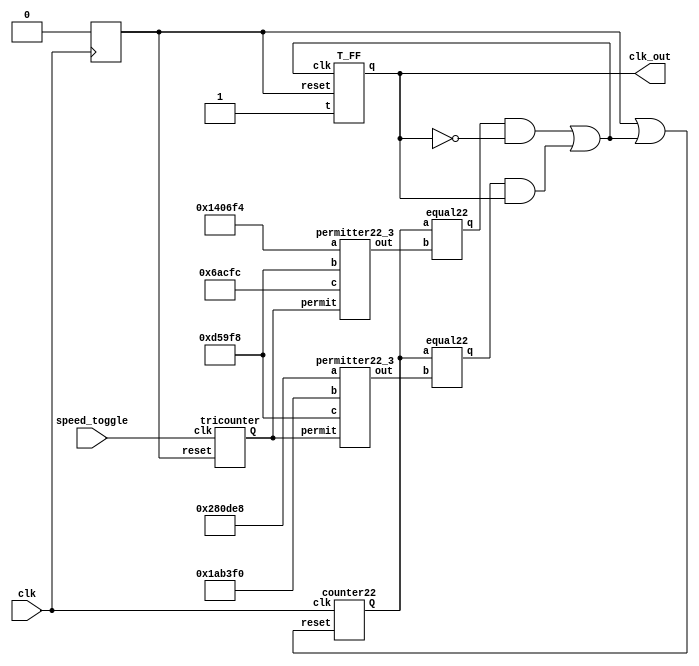
module speedSet(clk_out, speed_toggle, clk);
    input speed_toggle, clk;
    output clk_out;
    reg init;

    wire [21:0] count, durHigh, durLow;
    wire [2:0] mode;
    wire toggle, toggleLow, toggleHigh;
    wire ct21reset;
    tricounter tc3(mode, speed_toggle, init);
    permitter22_3 perm0(durLow, mode,  22'h1406f4, 22'h0d59f8, 22'h06acfc); // 1.3125 sec, 0.875 sec, 0.4375 sec
    permitter22_3 perm1(durHigh, mode, 22'h280de8, 22'h1ab3f0, 22'h0d59f8); // 2.625 sec,  1.75 sec,  0.875 sec
    equal22 eql0(toggleLow, count, durLow);
    equal22 eql1(toggleHigh, count, durHigh);

    assign toggle = (toggleLow & ~clk_out) | (toggleHigh & clk_out);
    assign ct21reset = init | toggle;
    counter22 ct22(count, clk, ct21reset);
    T_FF tff(clk_out, 1'b1, toggle, init);

    initial
        init <= 1'b1;
    always @ (negedge clk)
        init <= 1'b0;
endmodule

module counter22(Q, clk, reset); // maximum 4 seconds from 1MHz clock
    input clk, reset;
    output [21:0] Q;
    wire [21:0] T;

    T_FF tff0(Q[0], T[0], clk ,reset);
    T_FF tff1(Q[1], T[1], clk ,reset);
    T_FF tff2(Q[2], T[2], clk ,reset);
    T_FF tff3(Q[3], T[3], clk ,reset);
    T_FF tff4(Q[4], T[4], clk ,reset);
    T_FF tff5(Q[5], T[5], clk ,reset);
    T_FF tff6(Q[6], T[6], clk ,reset);
    T_FF tff7(Q[7], T[7], clk ,reset);
    T_FF tff8(Q[8], T[8], clk ,reset);
    T_FF tff9(Q[9], T[9], clk ,reset);
    T_FF tff10(Q[10], T[10], clk ,reset);
    T_FF tff11(Q[11], T[11], clk ,reset);
    T_FF tff12(Q[12], T[12], clk ,reset);
    T_FF tff13(Q[13], T[13], clk ,reset);
    T_FF tff14(Q[14], T[14], clk ,reset);
    T_FF tff15(Q[15], T[15], clk ,reset);
    T_FF tff16(Q[16], T[16], clk ,reset);
    T_FF tff17(Q[17], T[17], clk ,reset);
    T_FF tff18(Q[18], T[18], clk ,reset);
    T_FF tff19(Q[19], T[19], clk ,reset);
    T_FF tff20(Q[20], T[20], clk ,reset);
    T_FF tff21(Q[21], T[21], clk ,reset);

    assign T[0] = 1'b1;
    assign T[1] = Q[0];
    and and2(T[2], Q[1], T[1]);
    and and3(T[3], Q[2], T[2]);
    and and4(T[4], Q[3], T[3]);
    and and5(T[5], Q[4], T[4]);
    and and6(T[6], Q[5], T[5]);
    and and7(T[7], Q[6], T[6]);
    and and8(T[8], Q[7], T[7]);
    and and9(T[9], Q[8], T[8]);
    and and10(T[10], Q[9], T[9]);
    and and11(T[11], Q[10], T[10]);
    and and12(T[12], Q[11], T[11]);
    and and13(T[13], Q[12], T[12]);
    and and14(T[14], Q[13], T[13]);
    and and15(T[15], Q[14], T[14]);
    and and16(T[16], Q[15], T[15]);
    and and17(T[17], Q[16], T[16]);
    and and18(T[18], Q[17], T[17]);
    and and19(T[19], Q[18], T[18]);
    and and20(T[20], Q[19], T[19]);
    and and21(T[21], Q[20], T[20]);
endmodule

module tricounter(Q, clk, reset); //starts at 3'b100
    input clk,reset;
    output [2:0] Q;

    D_FF dff1(Q[0], Q[2], clk, reset, 1'b0);
    D_FF dff2(Q[1], Q[0], clk, 1'b0, reset);
    D_FF dff3(Q[2], Q[1], clk, 1'b0, reset);
endmodule

module permitter22_3(out, permit, a, b, c);
    input [21:0] a,b,c;
    input [2:0] permit;
    output [21:0] out;

    assign out[0] = (a[0] & permit[0]) | (b[0] & permit[1]) | (c[0] & permit[2]);
    assign out[1] = (a[1] & permit[0]) | (b[1] & permit[1]) | (c[1] & permit[2]);
    assign out[2] = (a[2] & permit[0]) | (b[2] & permit[1]) | (c[2] & permit[2]);
    assign out[3] = (a[3] & permit[0]) | (b[3] & permit[1]) | (c[3] & permit[2]);
    assign out[4] = (a[4] & permit[0]) | (b[4] & permit[1]) | (c[4] & permit[2]);
    assign out[5] = (a[5] & permit[0]) | (b[5] & permit[1]) | (c[5] & permit[2]);
    assign out[6] = (a[6] & permit[0]) | (b[6] & permit[1]) | (c[6] & permit[2]);
    assign out[7] = (a[7] & permit[0]) | (b[7] & permit[1]) | (c[7] & permit[2]);
    assign out[8] = (a[8] & permit[0]) | (b[8] & permit[1]) | (c[8] & permit[2]);
    assign out[9] = (a[9] & permit[0]) | (b[9] & permit[1]) | (c[9] & permit[2]);
    assign out[10] = (a[10] & permit[0]) | (b[10] & permit[1]) | (c[10] & permit[2]);
    assign out[11] = (a[11] & permit[0]) | (b[11] & permit[1]) | (c[11] & permit[2]);
    assign out[12] = (a[12] & permit[0]) | (b[12] & permit[1]) | (c[12] & permit[2]);
    assign out[13] = (a[13] & permit[0]) | (b[13] & permit[1]) | (c[13] & permit[2]);
    assign out[14] = (a[14] & permit[0]) | (b[14] & permit[1]) | (c[14] & permit[2]);
    assign out[15] = (a[15] & permit[0]) | (b[15] & permit[1]) | (c[15] & permit[2]);
    assign out[16] = (a[16] & permit[0]) | (b[16] & permit[1]) | (c[16] & permit[2]);
    assign out[17] = (a[17] & permit[0]) | (b[17] & permit[1]) | (c[17] & permit[2]);
    assign out[18] = (a[18] & permit[0]) | (b[18] & permit[1]) | (c[18] & permit[2]);
    assign out[19] = (a[19] & permit[0]) | (b[19] & permit[1]) | (c[19] & permit[2]);
    assign out[20] = (a[20] & permit[0]) | (b[20] & permit[1]) | (c[20] & permit[2]);
    assign out[21] = (a[21] & permit[0]) | (b[21] & permit[1]) | (c[21] & permit[2]);
endmodule

module equal22(q, a, b);
    input [21:0] a,b;
    output q;

    wire [21:0] eql;

    assign q = eql[0] & eql[1] & eql[2] & eql[3] & eql[4] & eql[5] & eql[6] & eql[7] 
                & eql[8] & eql[9] & eql[10] & eql[11] & eql[12] & eql[13] & eql[14] 
                & eql[15] & eql[16] & eql[17] & eql[18] & eql[19] & eql[20] & eql[21];

    xnor xnor0(eql[0],a[0],b[0]);
    xnor xnor1(eql[1],a[1],b[1]);
    xnor xnor2(eql[2],a[2],b[2]);
    xnor xnor3(eql[3],a[3],b[3]);
    xnor xnor4(eql[4],a[4],b[4]);
    xnor xnor5(eql[5],a[5],b[5]);
    xnor xnor6(eql[6],a[6],b[6]);
    xnor xnor7(eql[7],a[7],b[7]);
    xnor xnor8(eql[8],a[8],b[8]);
    xnor xnor9(eql[9],a[9],b[9]);
    xnor xnor10(eql[10],a[10],b[10]);
    xnor xnor11(eql[11],a[11],b[11]);
    xnor xnor12(eql[12],a[12],b[12]);
    xnor xnor13(eql[13],a[13],b[13]);
    xnor xnor14(eql[14],a[14],b[14]);
    xnor xnor15(eql[15],a[15],b[15]);
    xnor xnor16(eql[16],a[16],b[16]);
    xnor xnor17(eql[17],a[17],b[17]);
    xnor xnor18(eql[18],a[18],b[18]);
    xnor xnor19(eql[19],a[19],b[19]);
    xnor xnor20(eql[20],a[20],b[20]);
    xnor xnor21(eql[21],a[21],b[21]);

endmodule

module T_FF(q, t, clk, reset);
    output q;
    input t, clk ,reset;
    reg q;

    always @(posedge clk or posedge reset)
    if(reset)
        q <= 1'b0;
    else if(t)
        q <= ~q;
endmodule

module D_FF (q, d, clk, preset, reset);
	input d, clk, preset, reset;
	output q;
	reg q;

	always @(posedge reset or posedge preset or posedge clk)
        if(reset)
            q <= 1'b0;
        else if(preset)
            q <= 1'b1;
        else
            q <= d;
endmodule